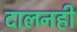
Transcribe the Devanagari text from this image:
दालनही